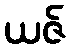
ယဇ်